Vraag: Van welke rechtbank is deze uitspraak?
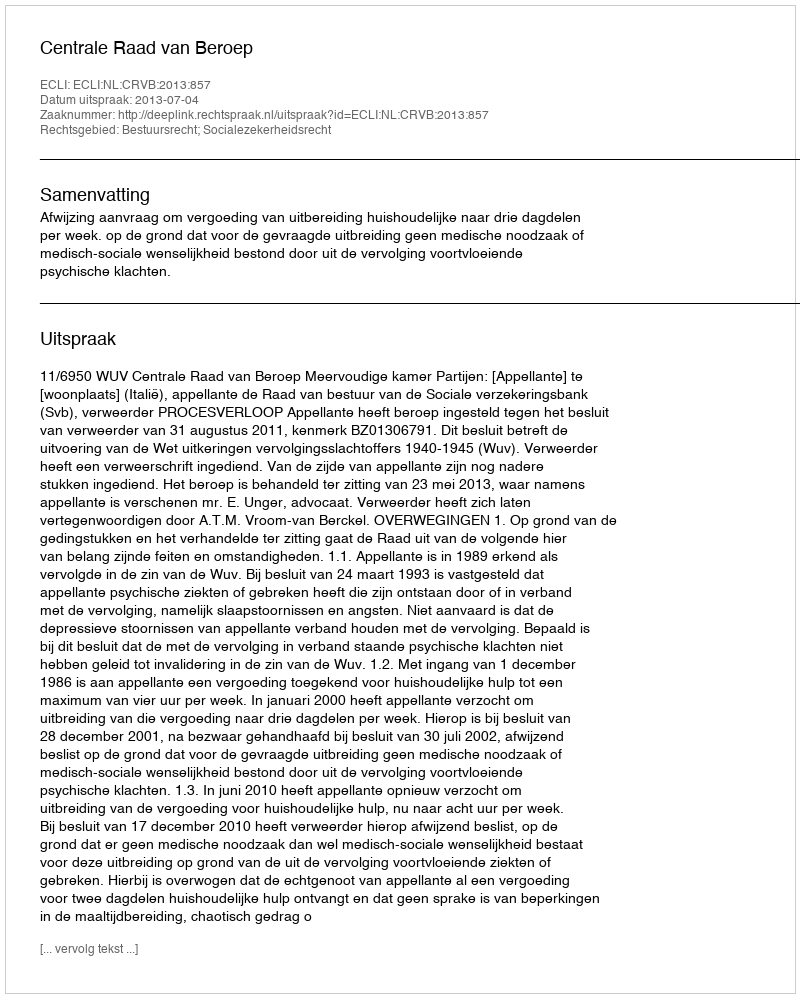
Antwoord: Centrale Raad van Beroep